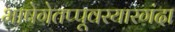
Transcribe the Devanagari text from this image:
भाषेगेतप्पूवरयारगंदा